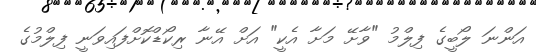
އަންނަ ލޯބީގެ ފިލްމު "ވާށޭ މަށާ އެކީ" އަށް އޭނާ ރިކޯޑްކޮށްފައިވަނީ ފިލްމުގެ